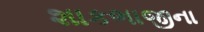
શાકભાજીના